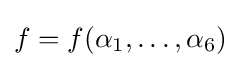
f=f(\alpha _{1},\dots ,\alpha _{6})